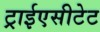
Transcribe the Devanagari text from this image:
ट्राईएसीटेट